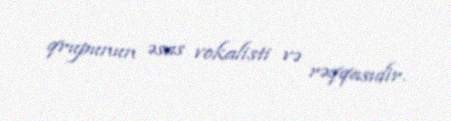
qrupunun əsas vokalisti və rəqqasıdir.